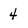
Character: 4